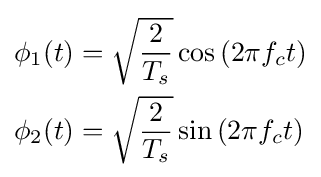
{\begin{aligned}\phi _{1}(t)&={\sqrt {\frac {2}{T_{s}}}}\cos \left(2\pi f_{c}t\right)\\\phi _{2}(t)&={\sqrt {\frac {2}{T_{s}}}}\sin \left(2\pi f_{c}t\right)\end{aligned}}